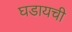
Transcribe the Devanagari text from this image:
घडायची